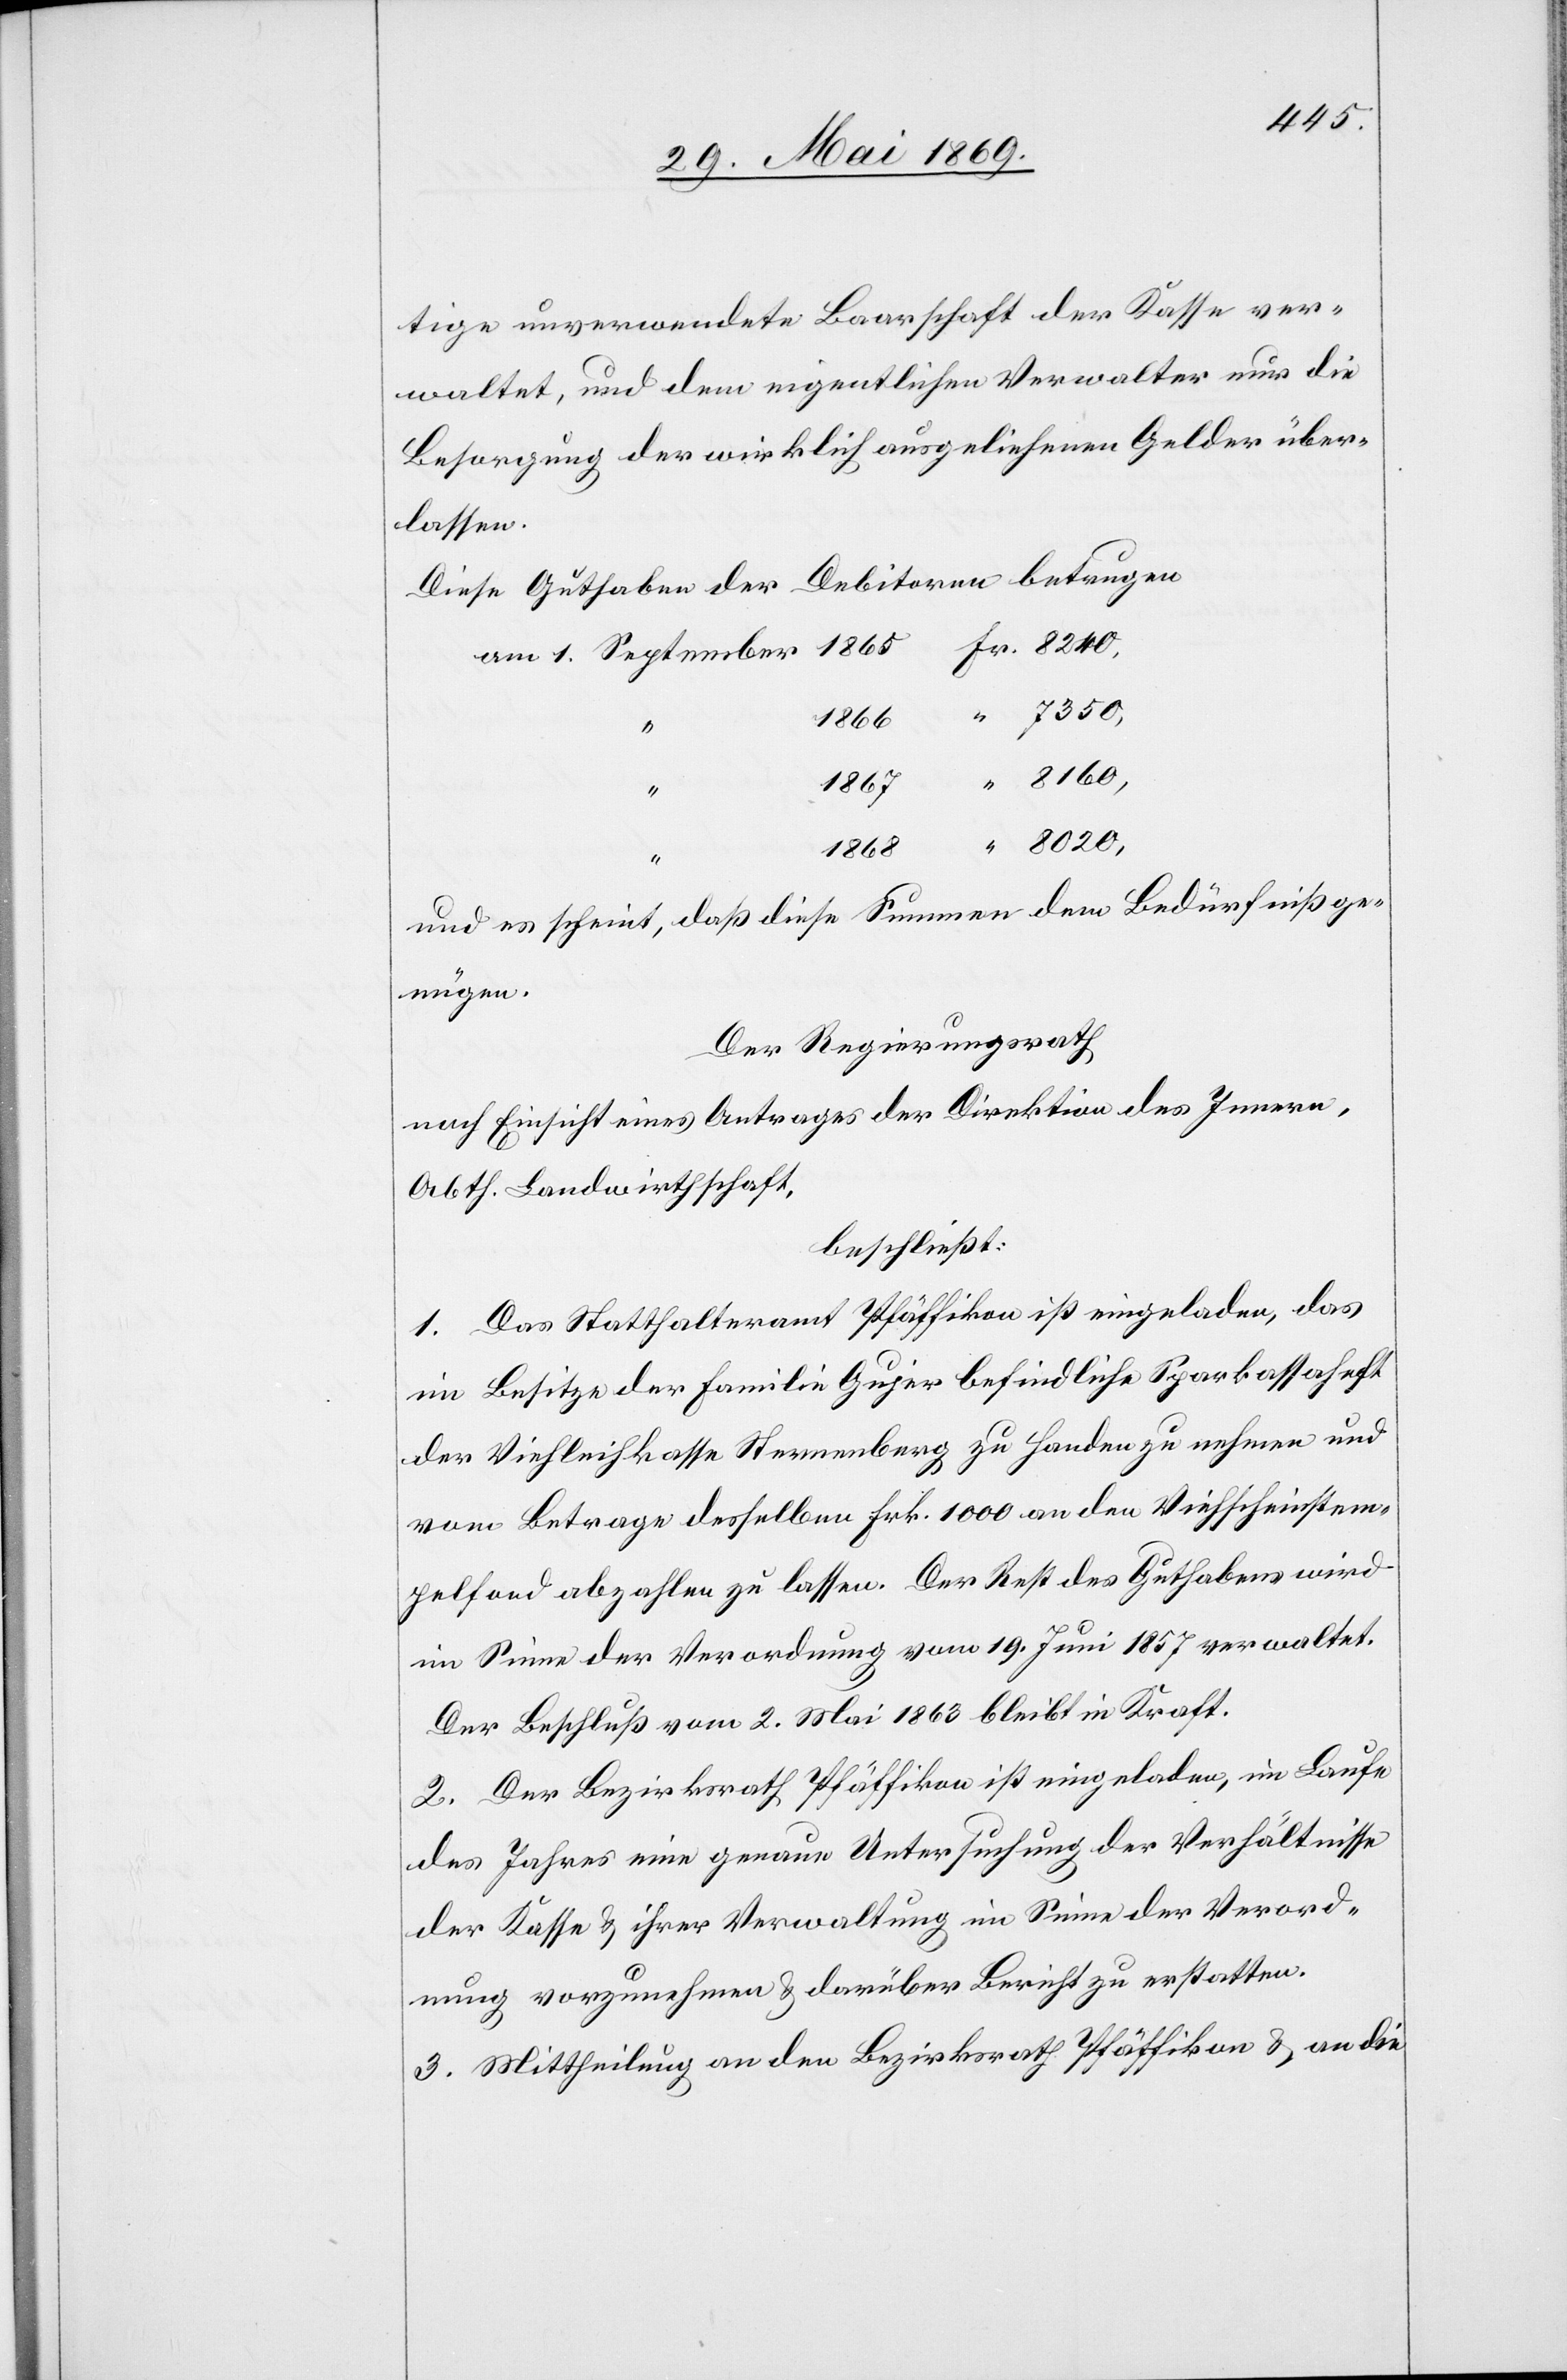
tige unverwendete Baarschaft der Kasse ver¬
waltet, und dem eigentlichen Verwalter nur die
Besorgung der wirklich ausgeliehenen Gelder über¬
lassen.
Diese Guthaben der Debitoren betrugen
am 1 September 1865	Fr. 8240,
und es scheint, daß diese Summen dem Bedürfnisse ge¬
nügen.
Der Regierungsrath,
nach Einsicht eines Antrages der Direktion des Innern,
Abth. Landwirthschaft,
beschließt:
1. Das Statthalteramt Pfäffikon ist eingeladen, das
im Besitze der Familie Gujer befindliche Sparkassaheft
der Viehleihkasse Sternenberg zu Handen zu nehmen und
vom Betrage desselben Frk. 1000 an den Viehscheinstem¬
pelfond abzahlen zu lassen. Der Rest des Guthabens wird
im Sinne der Verordnung vom 19 Juni 1857 verwaltet.
Der Beschluß vom 2 Mai 1863 bleibt in Kraft.
2. Der Bezirksrath Pfäffikon ist eingeladen, im Laufe
des Jahres eine genaue Untersuchung der Verhältnisse
der Kasse u. ihrer Verwaltung im Sinne der Verord¬
nung vorzunehmen u. darüber Bericht zu erstatten.
3. Mittheilung an den Bezirksrathe Pfäffikon u. an die